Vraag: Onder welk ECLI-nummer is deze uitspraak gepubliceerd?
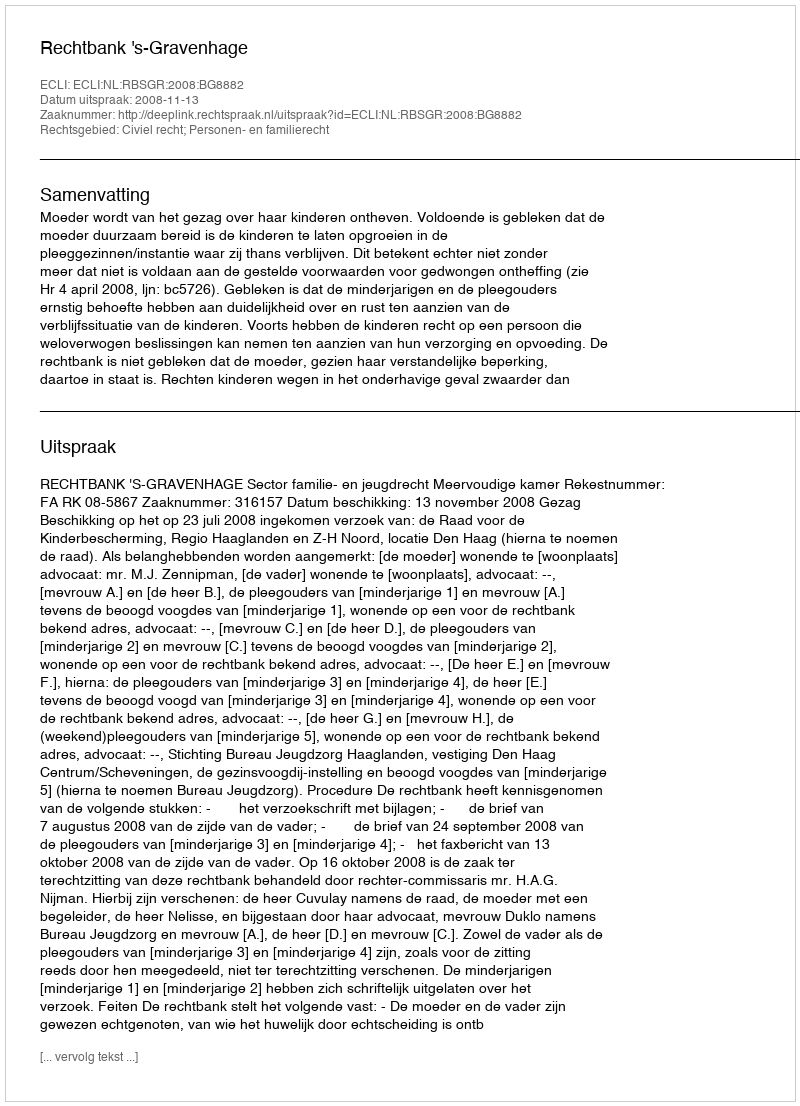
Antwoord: ECLI:NL:RBSGR:2008:BG8882